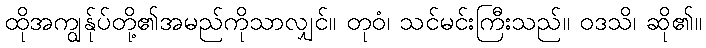
ထိုအကျွန်ုပ်တို့၏အမည်ကိုသာလျှင်။ တုဝံ၊ သင်မင်းကြီးသည်။ ဝဒသိ၊ ဆို၏။